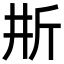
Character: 𣂗